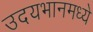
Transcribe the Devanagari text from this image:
उदयभानमध्ये